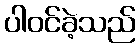
ပါဝင်ခဲ့သည်